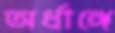
অর্ধাঙ্গে